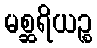
မစ္ဆရိယဉ္စ